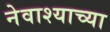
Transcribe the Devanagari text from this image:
नेवाश्याच्या